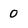
Character: 0